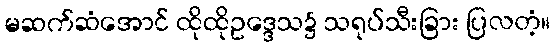
မဆက်ဆံအောင် ထိုထိုဥဒ္ဒေသ၌ သရုပ်သီးခြား ပြလတံ့။